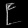
Digit: ၉